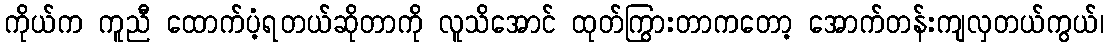
ကိုယ်က ကူညီ ထောက်ပံ့ရတယ်ဆိုတာကို လူသိအောင် ထုတ်ကြွားတာကတော့ အောက်တန်းကျလှတယ်ကွယ်၊